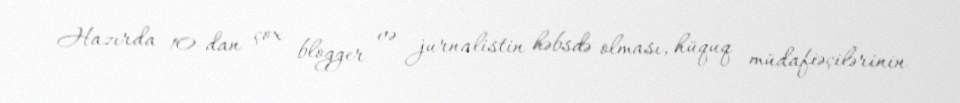
Hazırda 10-dan çox blogger və jurnalistin həbsdə olması, hüquq müdafiəçilərinin